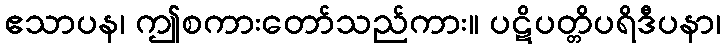
ဧသာပန၊ ဤစကားတော်သည်ကား။ ပဋိပတ္တိပရိဒီပနာ၊